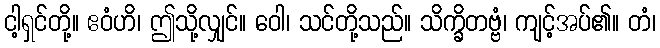
ငါ့ရှင်တို့။ ဧဝံဟိ၊ ဤသို့လျှင်။ ဝေါ၊ သင်တို့သည်။ သိက္ခိတဗ္ဗံ၊ ကျင့်အပ်၏။ တံ၊